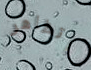
أتظاهر